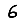
Digit: 6